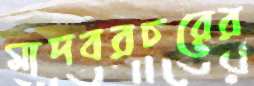
মাদবরচরের